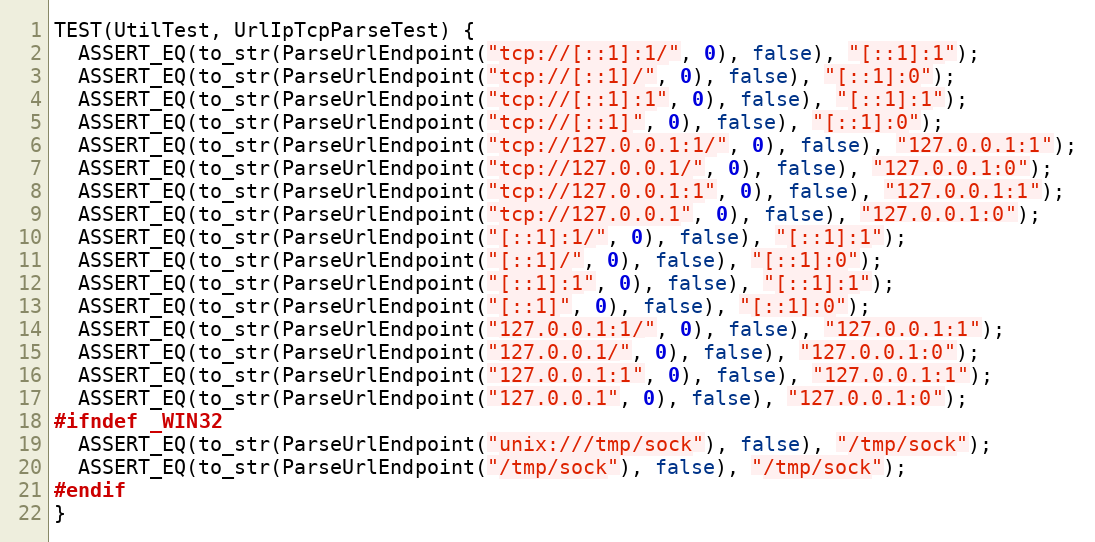
Language: C++
TEST(UtilTest, UrlIpTcpParseTest) {
  ASSERT_EQ(to_str(ParseUrlEndpoint("tcp://[::1]:1/", 0), false), "[::1]:1");
  ASSERT_EQ(to_str(ParseUrlEndpoint("tcp://[::1]/", 0), false), "[::1]:0");
  ASSERT_EQ(to_str(ParseUrlEndpoint("tcp://[::1]:1", 0), false), "[::1]:1");
  ASSERT_EQ(to_str(ParseUrlEndpoint("tcp://[::1]", 0), false), "[::1]:0");
  ASSERT_EQ(to_str(ParseUrlEndpoint("tcp://127.0.0.1:1/", 0), false), "127.0.0.1:1");
  ASSERT_EQ(to_str(ParseUrlEndpoint("tcp://127.0.0.1/", 0), false), "127.0.0.1:0");
  ASSERT_EQ(to_str(ParseUrlEndpoint("tcp://127.0.0.1:1", 0), false), "127.0.0.1:1");
  ASSERT_EQ(to_str(ParseUrlEndpoint("tcp://127.0.0.1", 0), false), "127.0.0.1:0");
  ASSERT_EQ(to_str(ParseUrlEndpoint("[::1]:1/", 0), false), "[::1]:1");
  ASSERT_EQ(to_str(ParseUrlEndpoint("[::1]/", 0), false), "[::1]:0");
  ASSERT_EQ(to_str(ParseUrlEndpoint("[::1]:1", 0), false), "[::1]:1");
  ASSERT_EQ(to_str(ParseUrlEndpoint("[::1]", 0), false), "[::1]:0");
  ASSERT_EQ(to_str(ParseUrlEndpoint("127.0.0.1:1/", 0), false), "127.0.0.1:1");
  ASSERT_EQ(to_str(ParseUrlEndpoint("127.0.0.1/", 0), false), "127.0.0.1:0");
  ASSERT_EQ(to_str(ParseUrlEndpoint("127.0.0.1:1", 0), false), "127.0.0.1:1");
  ASSERT_EQ(to_str(ParseUrlEndpoint("127.0.0.1", 0), false), "127.0.0.1:0");
#ifndef _WIN32
  ASSERT_EQ(to_str(ParseUrlEndpoint("unix:///tmp/sock"), false), "/tmp/sock");
  ASSERT_EQ(to_str(ParseUrlEndpoint("/tmp/sock"), false), "/tmp/sock");
#endif
}